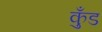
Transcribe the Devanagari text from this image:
कुँड